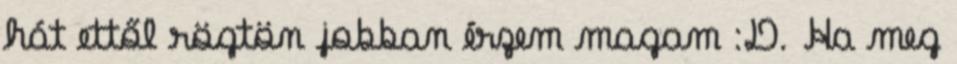
hát ettől rögtön jobban érzem magam :D. Ha meg